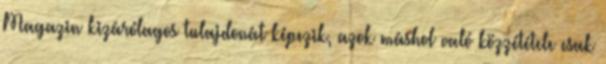
Magazin kizárólagos tulajdonát képezik, azok máshol való közzététele csak